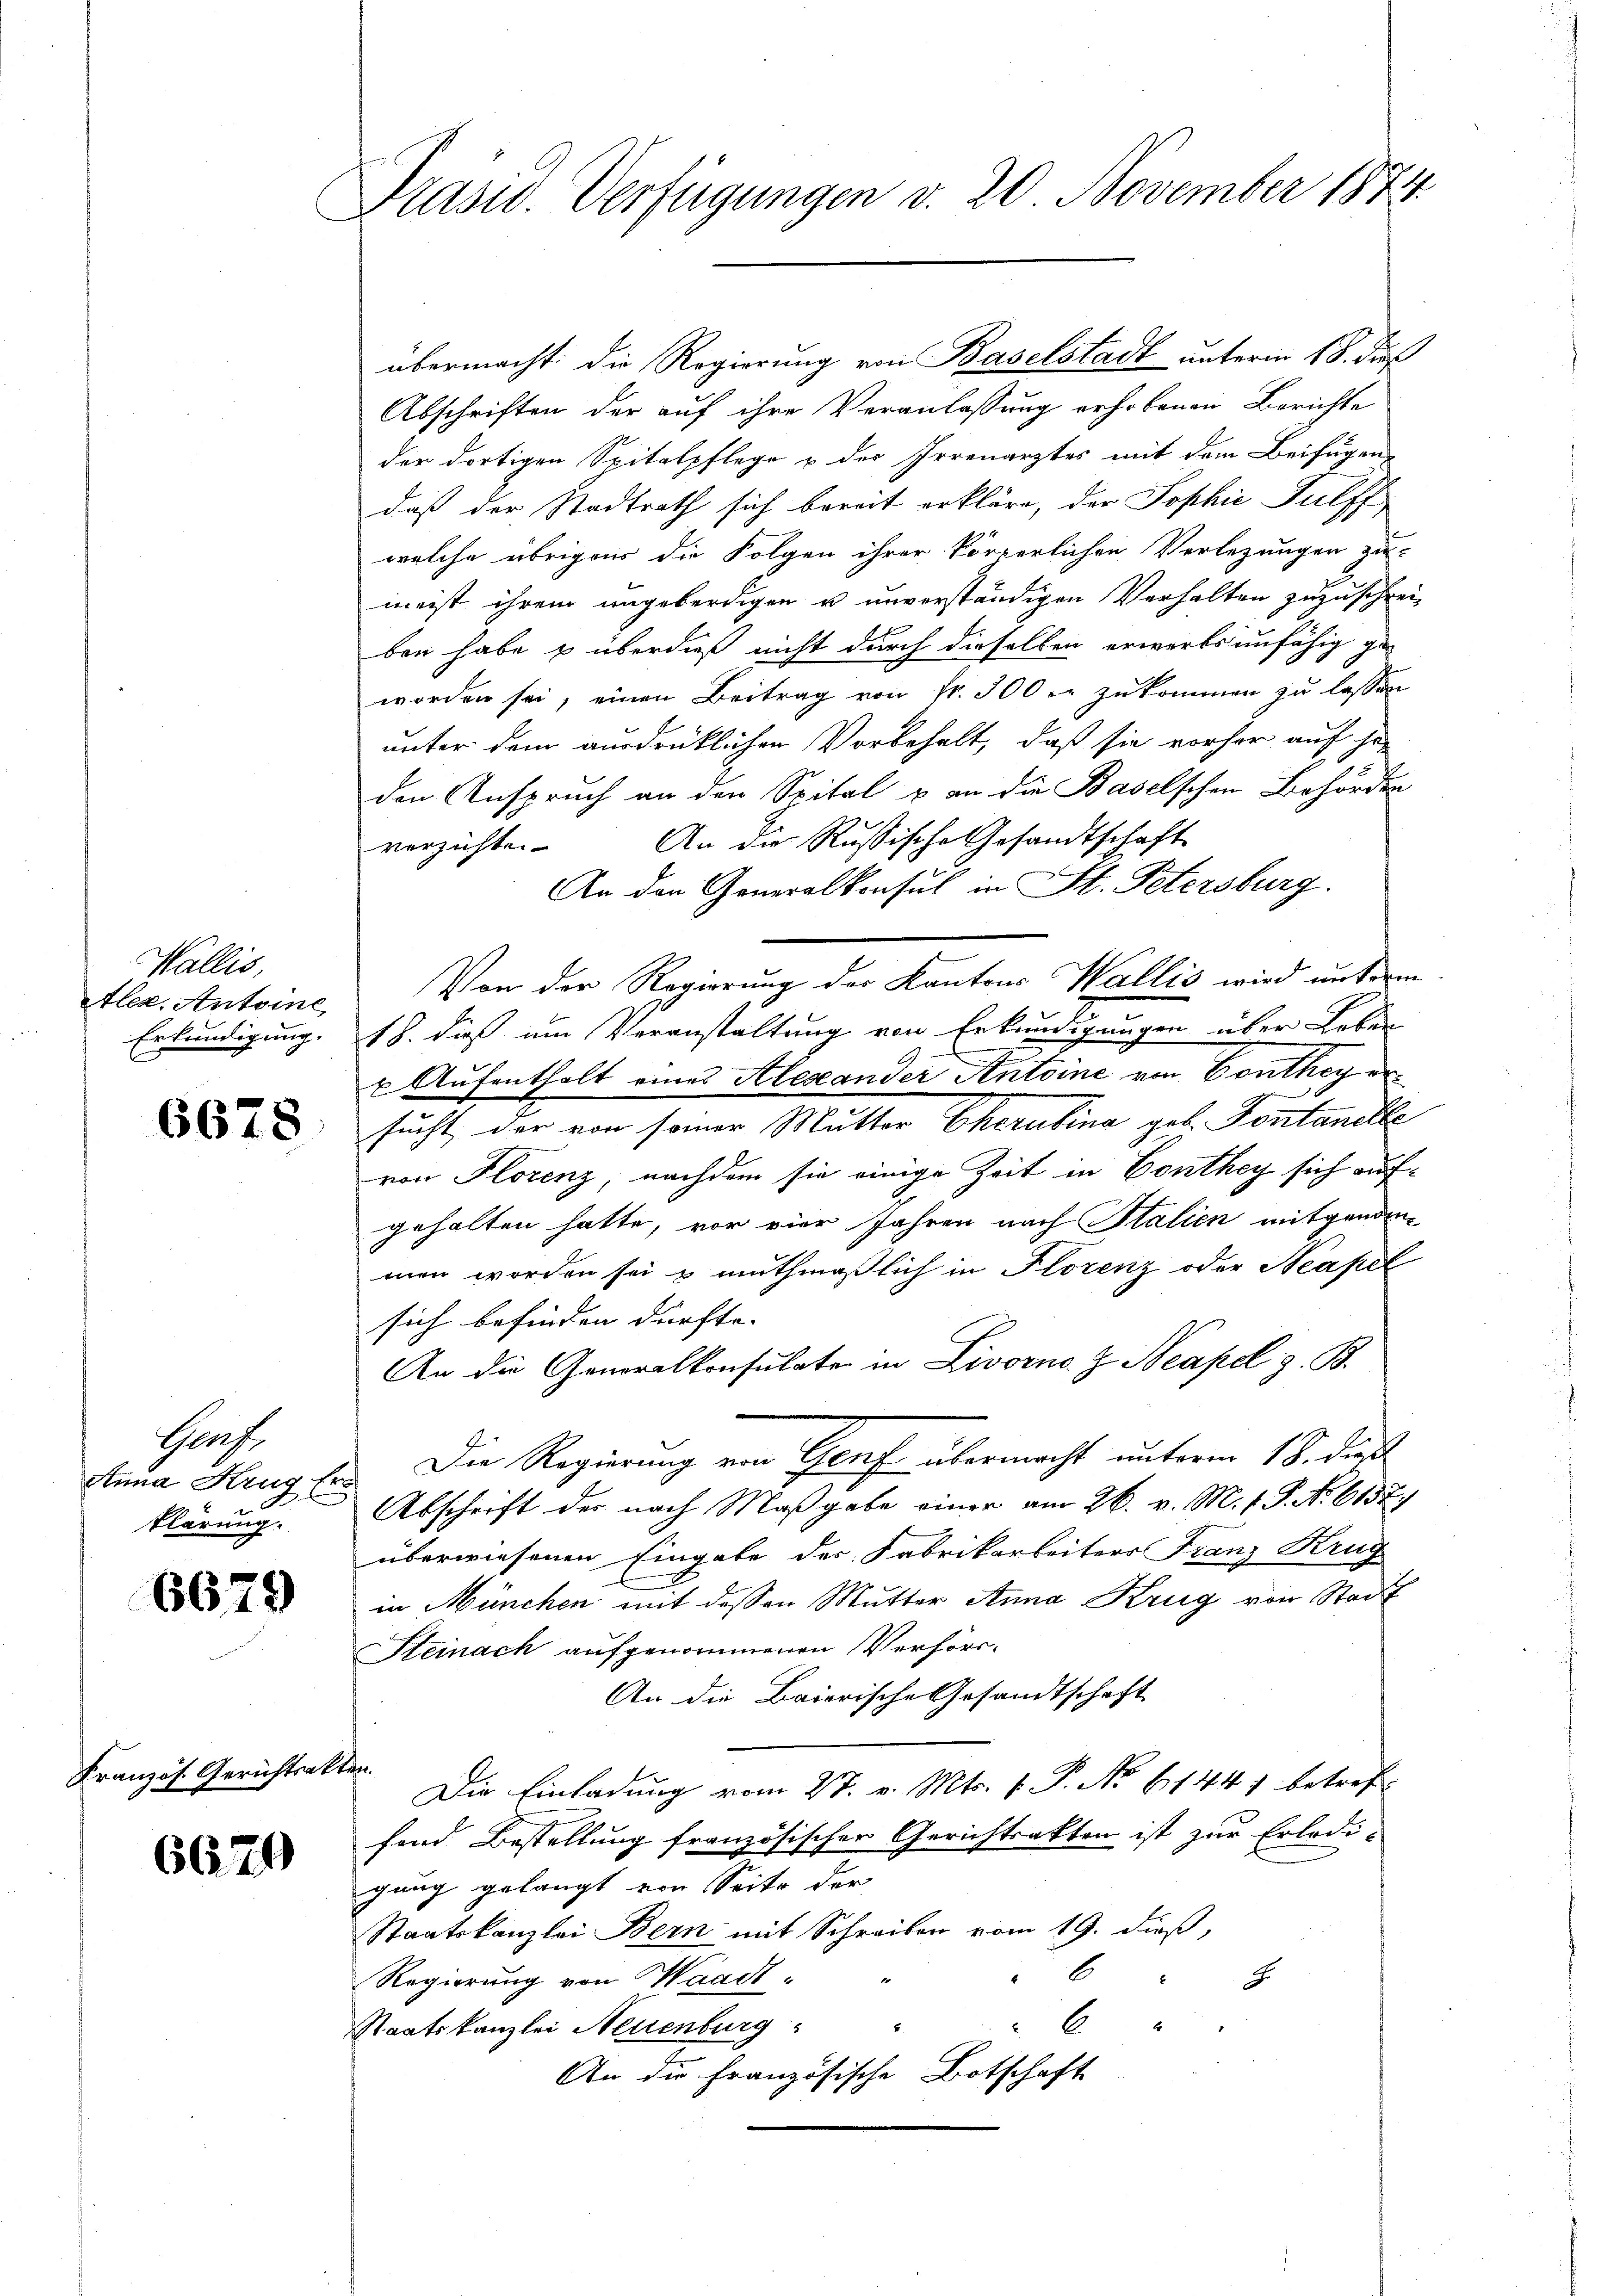
Wallis,
lez. Antoine,
Erkundigung.

6678

Graf.
Anna Krug Er
klärung.

6679

Französ. Gerichtsakt

6679

Präsid. Verfügungen v. 20. November 1874

übermacht die Regierung von Baselstadt unterm 18. dieß
Abschriften der auf ihre Veranlassung erhobenen Berichte
der dortigen Spitalpflege u der Irrenarztes mit dem Beifügen
daß der Stadtrath sich bereit erkläre, der Sophić Fulff
welche übrigen die Folgen ihrer körperlichen Verlegungen zu
meist ihrem ungeberdigen u unverständigen Verhalten zuzuschreiben habe & überdieß nicht durch dieselben erwärts unfähig ge
worden sei, einen Beitrag von fr. 300 er zukommen zu lassen
unter dem ausdrüklichen Vorbehalt, daß sie vorher auf he
den Anspruch an den Spital & an die Baselschen Behörder
verzichte. An die Russische Gesandtschaft
An den Generalkonsul in St. Petersburg.
Von der Regierung der Kantons Wallis wird unterm
18. dieß am Veranstaltung von Erkundigungen über Leben
x Aufenthalt eines Alexander Antoine von Conthey ersucht der von seiner Mutter Eherubina geb. Fontanelle
von Florenz, nachdem sie einige Zeit in Conthey sich aufgehalten hatte, vor vier Jahren nach Italien mitgenommen worden sei & muthmaßlich in Florenz oder Neapel
sich befinden dürfte. |
An die Generalkonsulate in Livorne Z. Neapel z. B.
Die Regierung von Genf übermacht unterm 18. dieß
Abschrift der nach Maßgabe einer am 26. v. M. v. P. No. 6157)
überwiesenen Eingabe der Fabrikarbeiters Franz Krug
in München mit dessen Mutter Anna Krug von Stadt
Steinach aufgenommenen Verhörr¬
An die Baierische Gesandtschaft
e
Die Einladung vom 27. v. Mts. v. P. No 61447 betreffe
fand Bestellung französischer Gerichtsakten ist zur Erledi-
gung gelangt von Seite der
Staatskanzlei Bern mit Schreiben vom 19. dieß,
6
Regierung von Waadt-
J
6
Staatskanzlei Neuenburg
An die Französische Botschaft